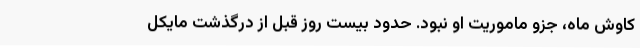
کاوش ماه، جزو ماموریت او نبود. حدود بیست روز قبل از درگذشت مایکل